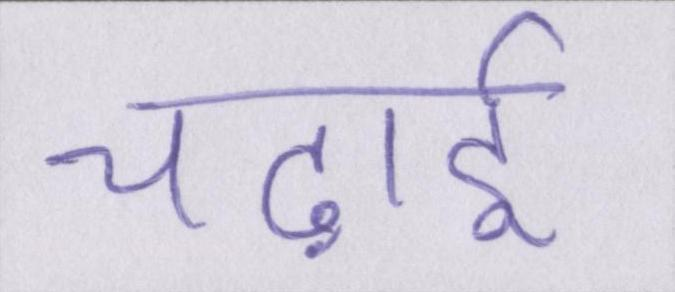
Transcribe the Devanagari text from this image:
चढ़ाई